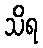
သိရ